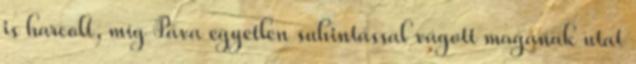
is harcolt, míg Páva egyetlen suhintással vágott magának utat